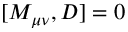
[ M _ { \mu \nu } , D ] = 0